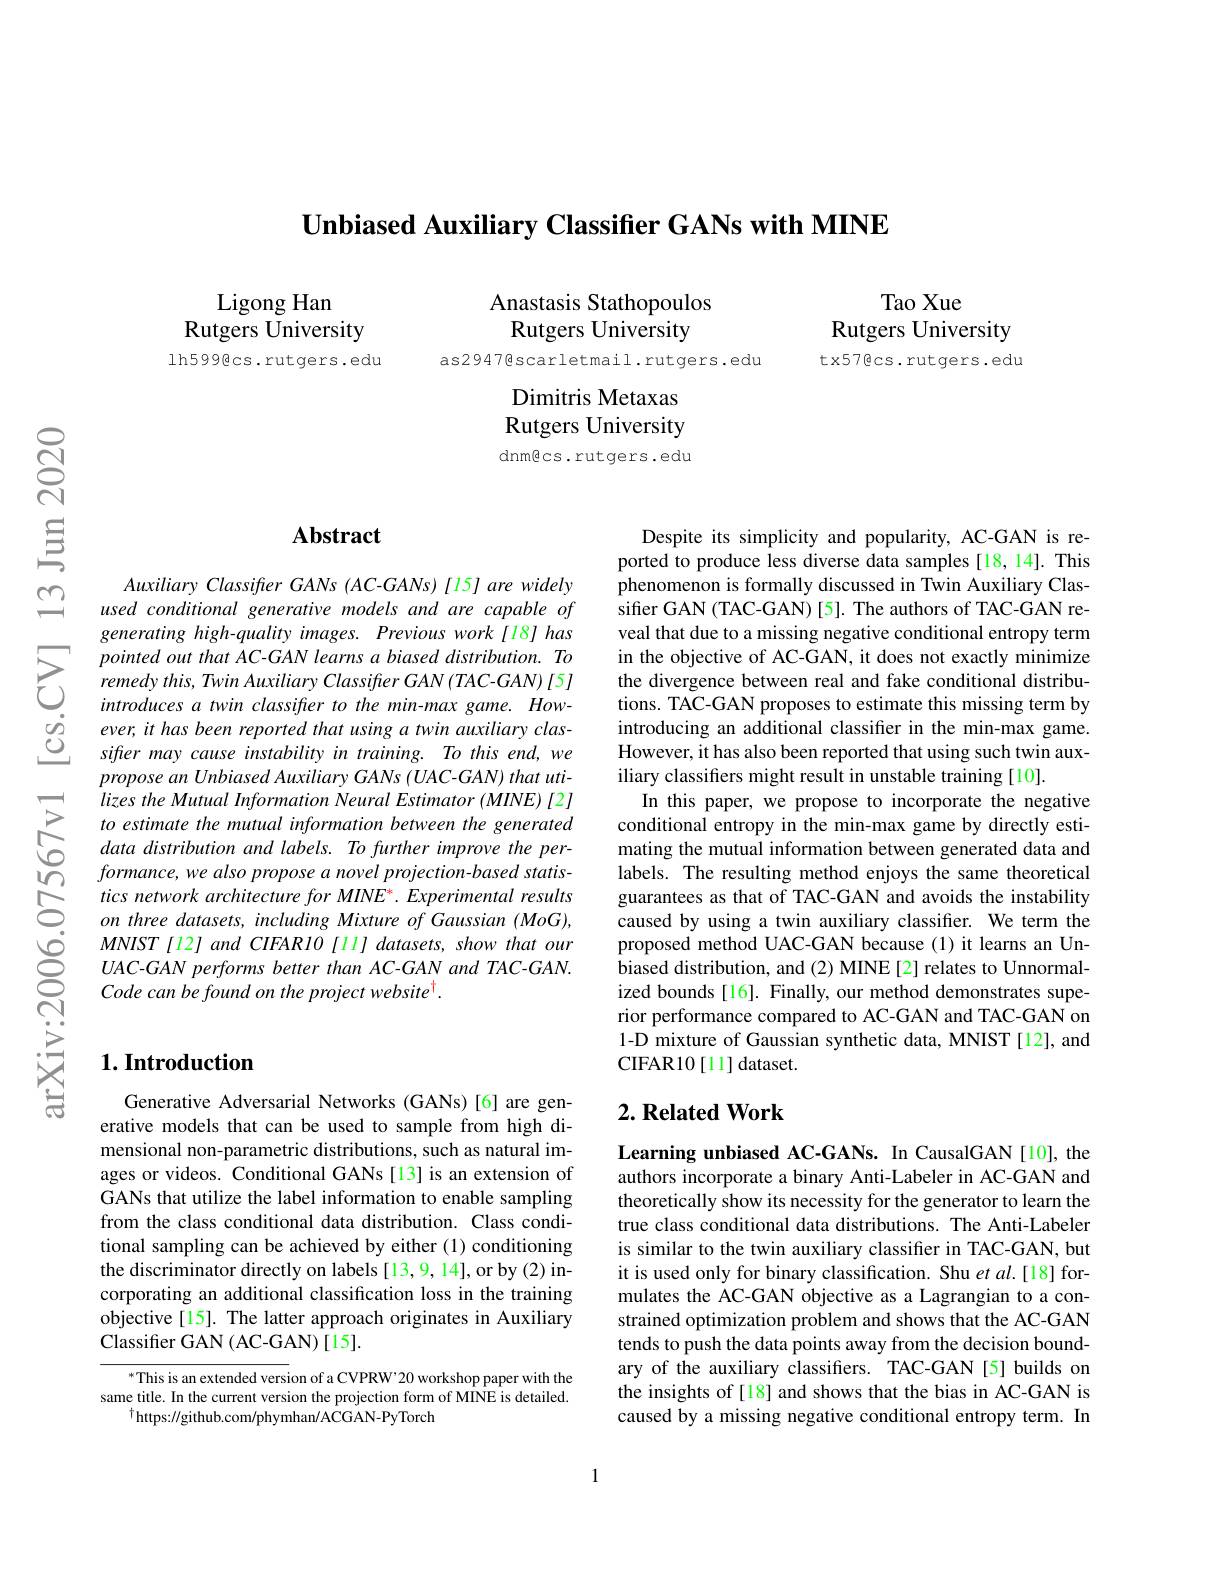
$\textbf{Unbiased Auxiliary Classifier GANs with MINE}$

Ligong Han
Rutgers University Ih599@cs.rutgers.edu

Tao Xue
Rutgers University

tx57@cs.rutgers.edu

Anastasis Stathopoulos
Rutgers University

as2947@scarletmail.rutgers.edu

Dimitris Metaxas Rutgers University dnmecs.rutgers.edu

## Abstract

Auxiliary Classifter GANs (AC-GANs) [15] are widely used conditional generative models and are capable of generating high-quality images. Previous work[18]has
$\sum_{\begin{array}{cc}&pointed~out~that~AC-GAN~learns~a~biased~distribution.~To\\&remedy~this,~Twin~Auxiliary~Classiffer~GAN~(TAC-GAN)~[5]~introduces~a~twin~classiffer~to~the~min-max~game.~How-~}\end{array}$ $\begin{array}{ccc}&\text{introduces a twin classifer to the min-max game. How-}\\\dot{o}&\text{ever, it has been reported that using a twin auxiliary clas-}\\\dot{O}&\text{siffer may cause instability in training. To this end, we-}\\\end{array}$
propose an Unbiased Auxiliary GANs (UAC-GAN) that utilizes the Mutual Information Neural Estimator (MINE) [2] to estimate the mutual information between the generated data distribution and labels. To further improve the per- $formance,we~also~propose~a~novel~projection-based~statis-$ tics network architecture for MINE*. Experimental results on three datasets, including Mixture of Gaussian (MoG), $MNIST$ [12] and CIFARIO [11] datasets, show that our UAC-GAN performs better than AC-GAN and TAC-GAN. Code can be found on the project website$^{\dagger}.$

## $1. \textbf{Introduction}$

Generative Adversarial Networks (GANs)[6] are generative models that can be used to sample from high dimensional non-parametric distributions, such as natural images or videos. Conditional GANs[13] is an extension of GANs that utilize the label information to enable sampling from the class conditional data distribution. Class conditional sampling can be achieved by either (1) conditioning the discriminator directly on labels [13,9,14],or by (2) incorporating an additional classification loss in the training objective [15]. The latter approach originates in Auxiliary Classifier GAN ( AC- GAN) [ 15] .

$^{*}$This is an extended version of a CVPRW'20 workshop paper with the same title. In the current version the projection form of MINE is detailed.
$^{\dagger}$https://github.com/phymhan/ACGAN-PyTorch

Despite its simplicity and popularity, AC-GAN is reported to produce less diverse data samples [18, 14]. This phenomenon is formally discussed in Twin Auxiliary Classifier GAN (TAC-GAN) [5]. The authors of TAC-GAN reveal that due to a missing negative conditional entropy term in the objective of AC-GAN, it does not exactly minimize the divergence between real and fake conditional distributions. TAC-GAN proposes to estimate this missing term by introducing an additional classifer in the min-max game. However, it has also been reported that using such twin auxiliary classifers might result in unstable training [10].
In this paper, we propose to incorporate the negative conditional entropy in the min-max game by directly estimating the mutual information between generated data and labels. The resulting method enjoys the same theoretical guarantees as that of TAC-GAN and avoids the instability caused by using a twin auxiliary classifer. We term the proposed method UAC-GAN because (1) it learns an Unbiased distribution, and (2) MINE [2] relates to Unnormalized bounds [16]. Finally, our method demonstrates superior performance compared to AC-GAN and TAC-GAN on 1-D mixture of Gaussian synthetic data, MNIST [12], and CIFAR10 [ 11] dataset.

### $2. \textbf{Related Work}$

Learning unbiased AC-GANs. In CausalGAN[10], the authors incorporate a binary Anti-Labeler in AC-GAN and theoretically show its necessity for the generator to learn the true class conditional data distributions. The Anti-Labeler is similar to the twin auxiliary classifer in TAC-GAN, but it is used only for binary classification. Shu et al.[18] formulates the AC-GAN objective as a Lagrangian to a constrained optimization problem and shows that the AC-GAN tends to push the data points away from the decision boundary of the auxiliary classifiers. TAC-GAN[5] builds on the insights of [18] and shows that the bias in AC-GAN is caused by a missing negative conditional entropy term. In

1